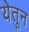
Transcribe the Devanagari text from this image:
येतून